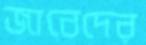
জাবেদের